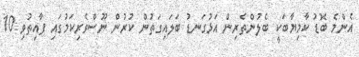
އެންމެ ބޮޑު ކާމިޔާބަކީ ބެލުންތެރިން އަޅުގަނޑު ބަލައިގަތުން ކުރުން ނޫސްވެރިކަމުގައި ފާއިތުވި 10